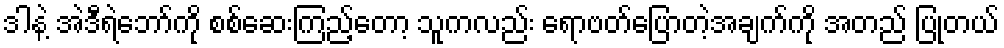
ဒါနဲ့ အဲဒီရဲဘော်ကို စစ်ဆေးကြည့်တော့ သူကလည်း ရောဗတ်ပြောတဲ့အချက်ကို အတည် ပြုတယ်